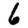
Digit: 6